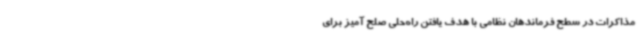
مذاکرات در سطح فرماندهان نظامی با هدف یافتن راه‌حلی صلح آمیز برای